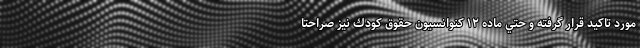
مورد تاكيد قرار گرفته و حتي ماده ۱۲ كنوانسيون حقوق كودك نيز صراحتا